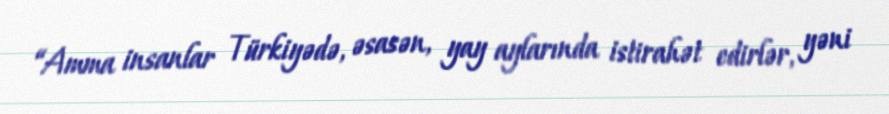
“Amma insanlar Türkiyədə, əsasən, yay aylarında istirahət edirlər, yəni